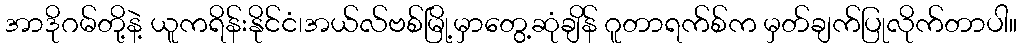
အာဒိုဂမ်တို့နဲ့ ယူကရိန်းနိုင်ငံ၊အယ်လ်ဗစ်မြို့မှာတွေ့ဆုံချိန် ဂူတာရက်စ်က မှတ်ချက်ပြုလိုက်တာပါ။